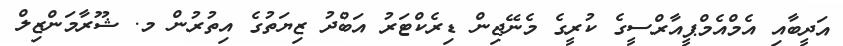
އަދީބާއި އެމްއެމްޕީއާރްސީގެ ކުރީގެ މެނޭޖިން ޑިރެކްޓަރު އަބްދު ޒިޔަތުގެ އިތުރުން މ. ޝޫރާމަންޒިލް